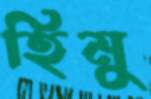
হিমু